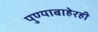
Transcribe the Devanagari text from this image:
पुण्याबाहेरही